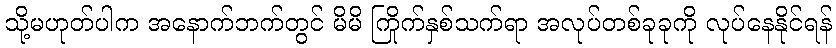
သို့မဟုတ်ပါက အနောက်ဘက်တွင် မိမိ ကြိုက်နှစ်သက်ရာ အလုပ်တစ်ခုခုကို လုပ်နေနိုင်ရန်